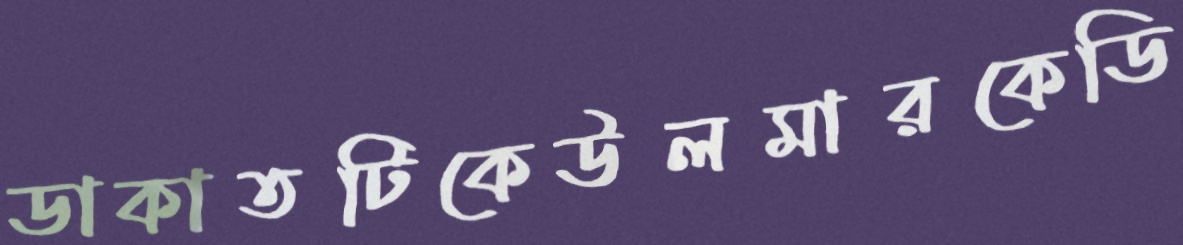
ডাকাতটিকেউলমারকেডি